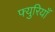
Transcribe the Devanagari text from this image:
फ्युरियाँ